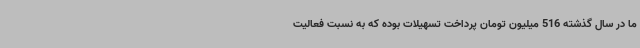
ما در سال گذشته 516 میلیون تومان پرداخت تسهیلات بوده که به نسبت فعالیت